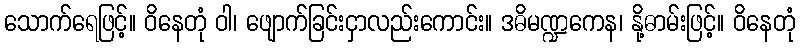
သောက်ရေဖြင့်။ ဝိနေတုံ ဝါ၊ ဖျောက်ခြင်းငှာလည်းကောင်း။ ဒဓိမဏ္ဍကေန၊ နို့ဓာမ်းဖြင့်။ ဝိနေတုံ